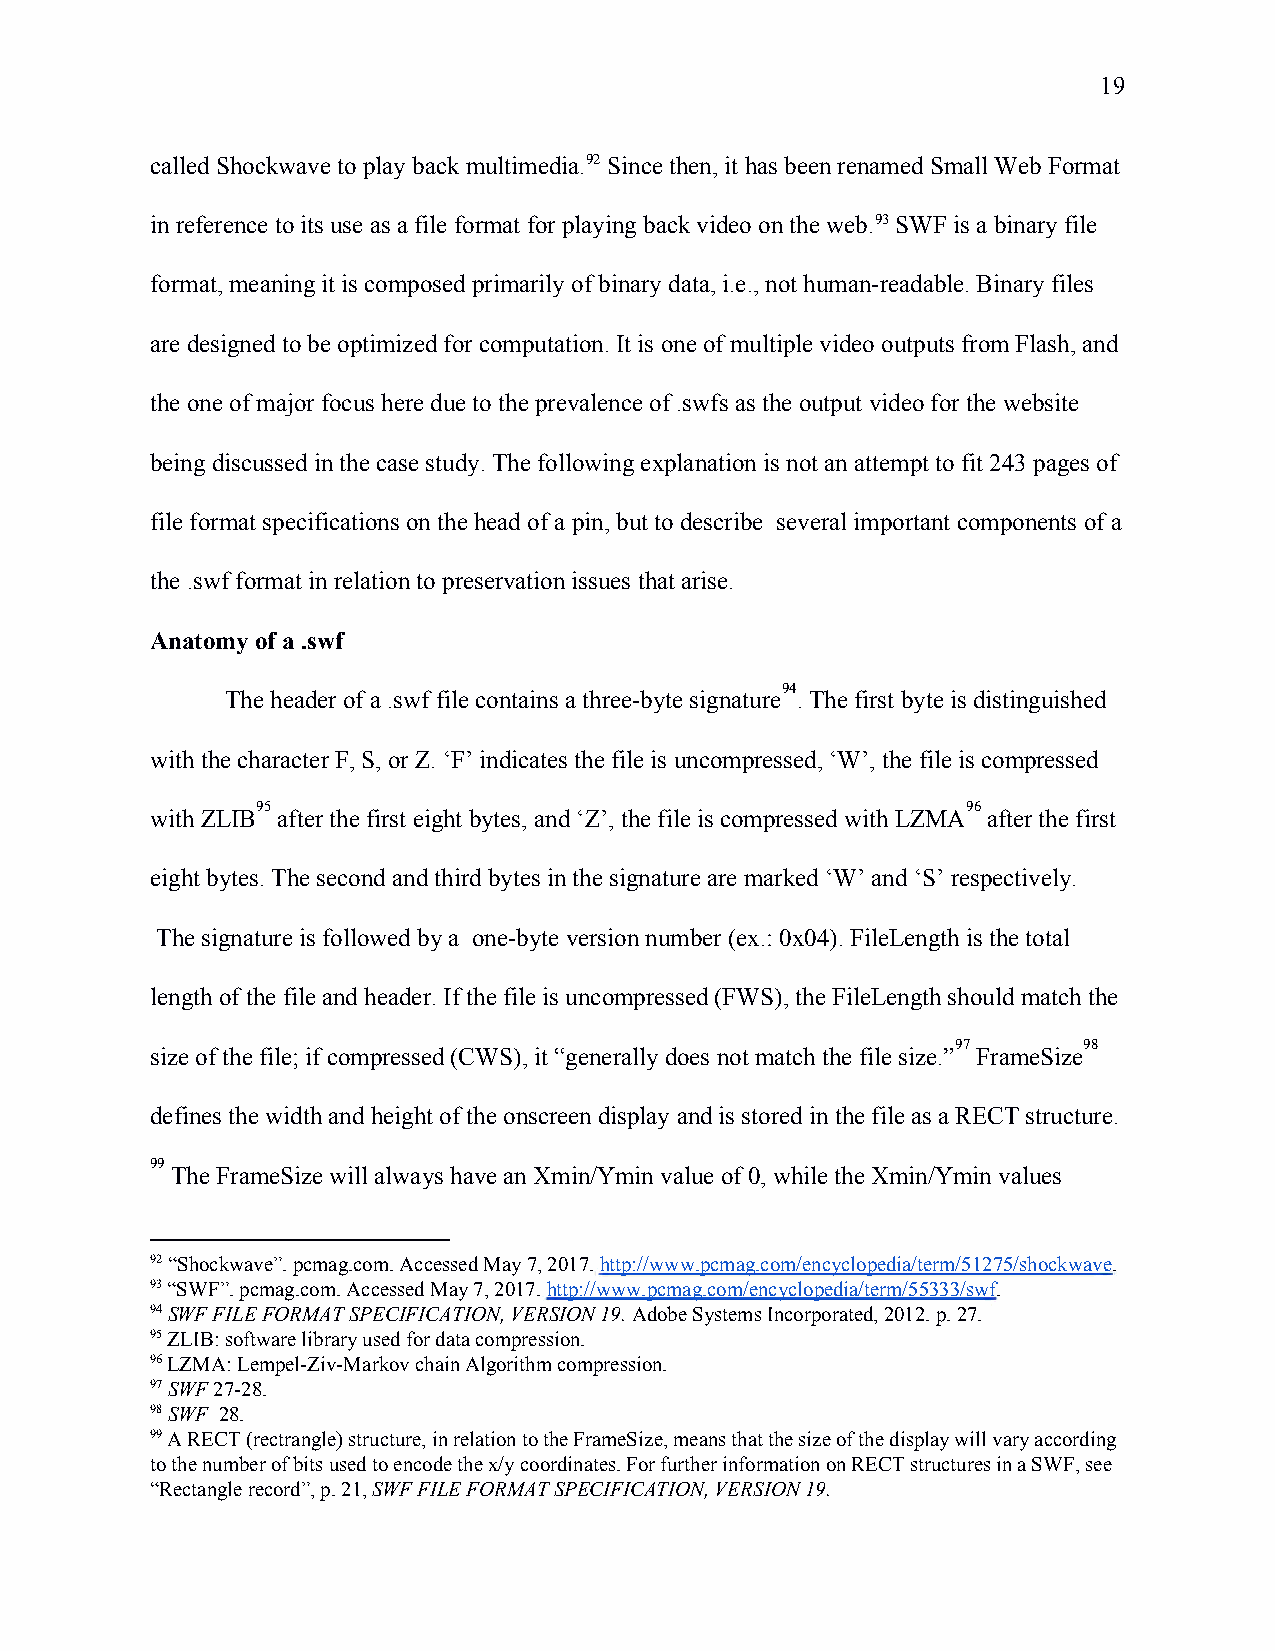
19
 called Shockwave to play back multimedia.92 Since then, it has been renamed Small Web Format
 in reference to its use as a file format for playing back video on the web.93 SWF is a binary file
 format, meaning it is composed primarily of binary data, i.e., not human-readable. Binary files
 are designed to be optimized for computation. It is one of multiple video outputs from Flash, and
 the one of major focus here due to the prevalence of .swfs as the output video for the website
 being discussed in the case study. The following explanation is not an attempt to fit 243 pages of
 file format specifications on the head of a pin, but to describe several important components of a
 the .swf format in relation to preservation issues that arise.
 Anatomy of a .swf
 94
 The header of a .swf file contains a three-byte signature . The first byte is distinguished
 with the character F, S, or Z. ‘F’ indicates the file is uncompressed, ‘W’, the file is compressed
 95                                             96
 with ZLIB after the first eight bytes, and ‘Z’, the file is compressed with LZMA after the first
 eight bytes. The second and third bytes in the signature are marked ‘W’ and ‘S’ respectively.
 The signature is followed by a one-byte version number (ex.: 0x04). FileLength is the total
 length of the file and header. If the file is uncompressed (FWS), the FileLength should match the
 97       98
 size of the file; if compressed (CWS), it “generally does not match the file size.” FrameSize
 defines the width and height of the onscreen display and is stored in the file as a RECT structure.
 99
 The FrameSize will always have an Xmin/Ymin value of 0, while the Xmin/Ymin values
 92 “Shockwave”. pcmag.com. Accessed May 7, 2017. http://www.pcmag.com/encyclopedia/term/51275/shockwave.
 ​                                 ​
 93 “SWF”. pcmag.com. Accessed May 7, 2017. http://www.pcmag.com/encyclopedia/term/55333/swf.
 ​                             ​
 94 SWF FILE FORMAT SPECIFICATION, VERSION 19. Adobe Systems Incorporated, 2012. p. 27.
 ​                              ​
 95 ZLIB: software library used for data compression.
 96 LZMA: Lempel-Ziv-Markov chain Algorithm compression.
 ​
 97 SWF 27-28.
 ​  ​
 98 SWF 28.
 ​  ​
 99 A RECT (rectrangle) structure, in relation to the FrameSize, means that the size of the display will vary according
 to the number of bits used to encode the x/y coordinates. For further information on RECT structures in a SWF, see
 “Rectangle record”, p. 21, SWF FILE FORMAT SPECIFICATION, VERSION 19.
 ​